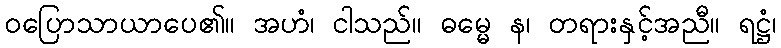
ဝပြောသာယာပေ၏။ အဟံ၊ ငါသည်။ ဓမ္မေ န၊ တရားနှင့်အညီ။ ရဋ္ဌံ၊